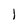
Character: 1